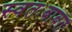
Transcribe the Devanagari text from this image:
स्वतःबाबत